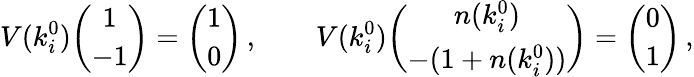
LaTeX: V(k_{i}^{0}){\binom{1}{-1}}={\binom{1}{0}}\, ,\qquad V(k_{i}^{0}){\binom{n(k_{i}^{0})}{-(1+n(k_{i}^{0}))}}={\binom{0}{1}}\, ,